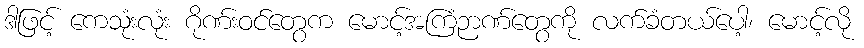
ဒါဖြင့် ကေသုံးလုံး ဂိုဏ်းဝင်တွေက မောင့်အကြံဉာဏ်တွေကို လက်ခံတယ်ပေါ့၊ မောင့်လို